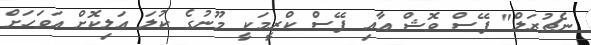
ނެޗުރަލް" ފޭސް ވޮޝް އާއި ފޭސް ކްރީމަކީ މޫނުގެ ކުލަ އަލިކޮށް އަވަހަށް